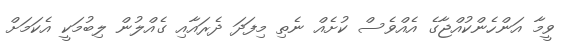
ވީމާ އަންހެންކުއްޖާގެ އެއްވެސް ކުށެއް ނެތި މިފަދަ ދެރައާއި ގެއްލުން ލިބުމަކީ އެކަމަށް